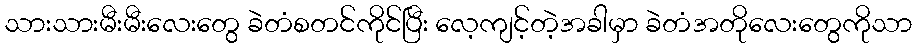
သားသားမီးမီးလေးတွေ ခဲတံစတင်ကိုင်ပြီး လေ့ကျင့်တဲ့အခါမှာ ခဲတံအတိုလေးတွေကိုသာ